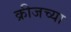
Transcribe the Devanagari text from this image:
क्रीजच्या